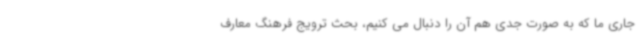
جاری ما که به صورت جدی هم آن را دنبال می کنیم، بحث ترویج فرهنگ معارف